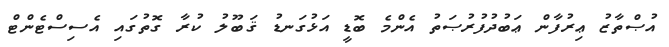
އުޞްތާޒު ޢިރުފާން ޢަބުދުފުރުޞަތު އެންމެ ބޮޑީ އަޅުގަނޑު ޤަބޫލު ކުރާ ގޮތުގައި އެސިސްޓެންޓް